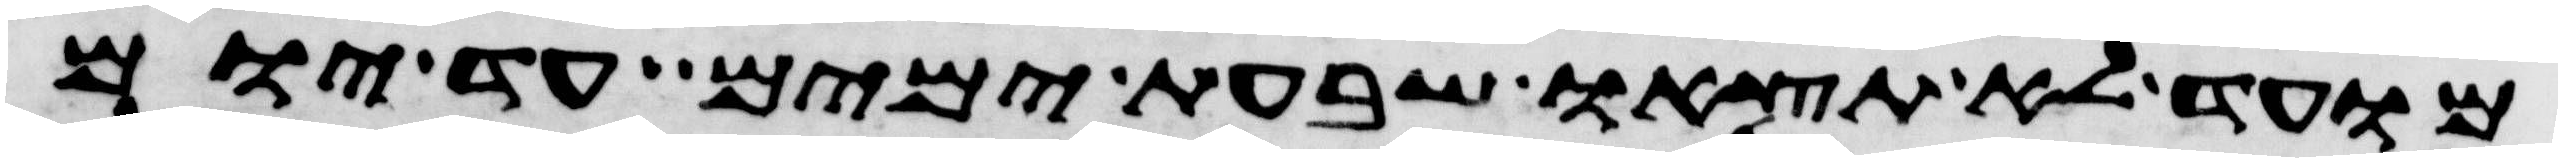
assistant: מועד לא תצאו שבעת ימים עד יום